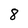
Character: 8